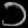
Digit: ၁